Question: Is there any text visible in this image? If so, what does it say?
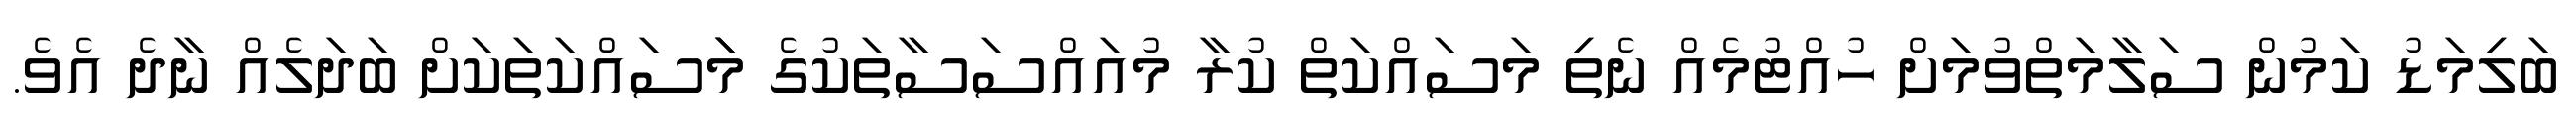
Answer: ބަލިމަޑު ކަމުން ސަލާމަތްވުމަށް ހުއްޓުމެއް ނެތި މަސައްކަތް ކުރާ މުއައްސަސާތަކުގެ މަަސައްކަތަކަށް ބަދަލެއް ނާދެ އެވެ.